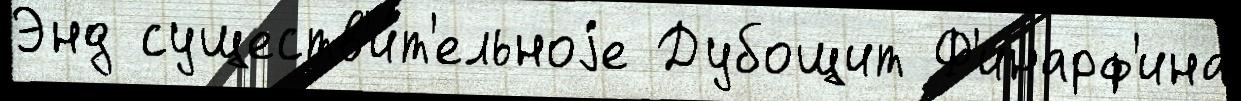
Энд существ'и́т'ельноjе Дубощит Ф'инарф'ина